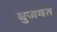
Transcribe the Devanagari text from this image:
बुजवत